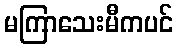
မကြာသေးမီကပင်